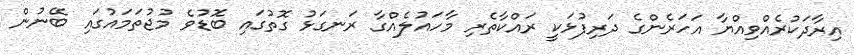
އިރާދަކުރެއްވިއްޔާ އަހަރެންގެ ދަރިފުޅަކީ ރައްކާތެރި މާހައުލެއްގާ ރަނގަޅު ގޮތުގައި ބޮޑުވެ މުޖުތަމައުގައި ބޭނުން